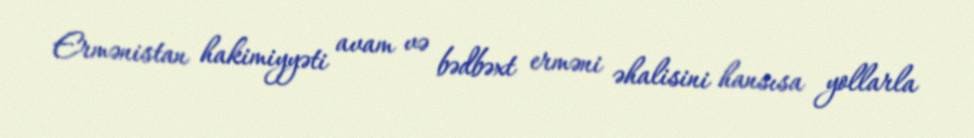
Ermənistan hakimiyyəti avam və bədbəxt erməni əhalisini hansısa yollarla